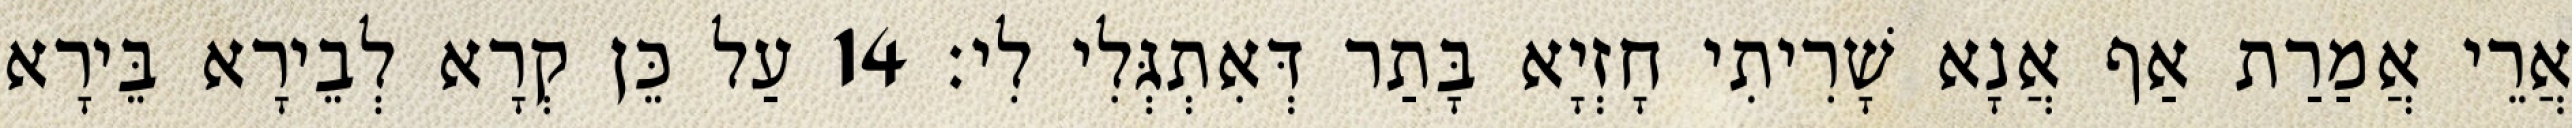
אֲרֵי אֲמַרַת אַף אֲנָא שָׁרִיתִי חָזְיָא בָּתַר דְּאִתְגְּלִי לִי׃ 14 עַל כֵּן קְרָא לְבֵירָא בֵּירָא